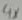
Text: 4X